Problem: 28 + 27 = ?
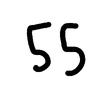
Handwritten answer: 55